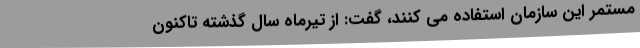
مستمر این سازمان استفاده می کنند، گفت: از تیرماه سال گذشته تاکنون